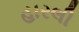
હારલી